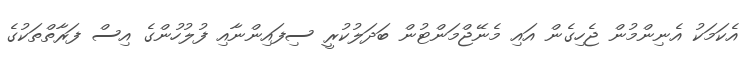
އެކަމަކު އެނިންމުން ޖެހިގެން އައި މެނޭޖްމަންޓުން ބަދަލުކުރީ ސިފައިންނާއި ފުލުހުންގެ އިސް ފަރާތްތަކުގެ